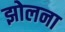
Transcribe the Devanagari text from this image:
झोलना